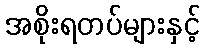
အစိုးရတပ်များနှင့်